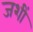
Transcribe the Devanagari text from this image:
जशीं